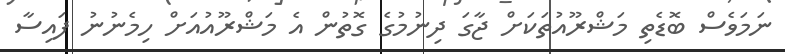
ނަމަވެސް ބޮޑެތި މަޝްރޫއުތަކަށް ޖާގަ ދިނުމުގެ ގޮތުން އެ މަޝްރޫއުއަށް ހިމެނުނު ފައިސާ